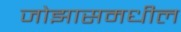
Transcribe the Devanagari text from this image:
जोझासमधील